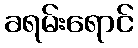
ခရမ်းရောင်